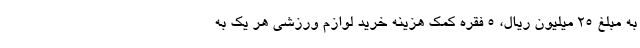
به مبلغ 25 میلیون ریال، 5 فقره کمک هزینه خرید لوازم ورزشی هر یک به